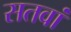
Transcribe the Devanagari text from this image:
सतवां